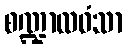
စဏ္ဍာလဝံသာ